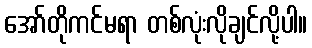
အော်တိုကင်မရာ တစ်လုံးလိုချင်လို့ပါ။